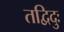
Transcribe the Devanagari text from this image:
तद्विदुः